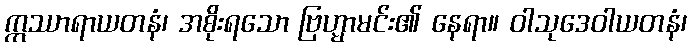
ဣဿာရာယတနံ၊ အစိုးရသော ဗြဟ္မာမင်း၏ နေရာ။ ဝါသုဒေဝါယတနံ၊